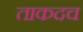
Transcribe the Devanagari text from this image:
ताकदच